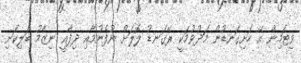
ވިޓަމިން އޭ ހަށިގަނޑުން މަދުވުމަކީ ރޭގަނޑު ލޮލަށް ނުފެނުމާއި ދިފާއީ ނިޒާމު ބަލިކަށި